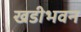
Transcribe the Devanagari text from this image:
खडीभवन